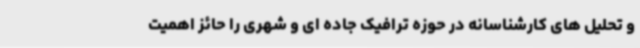
و تحلیل های کارشناسانه در حوزه ترافیک جاده ای و شهری را حائز اهمیت